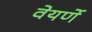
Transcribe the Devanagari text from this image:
वेयर्णे